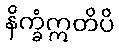
နိက္ခံဣတိပိ